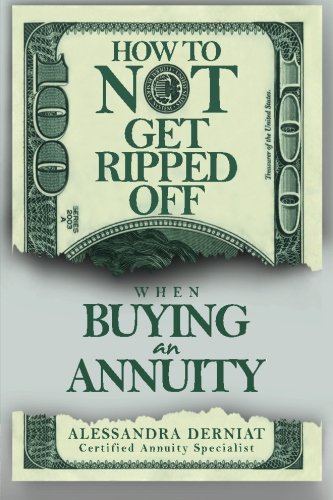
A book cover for How To Not Get Ripped Off when Buying an Annuity; Alessandra Derniat; Business & Money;